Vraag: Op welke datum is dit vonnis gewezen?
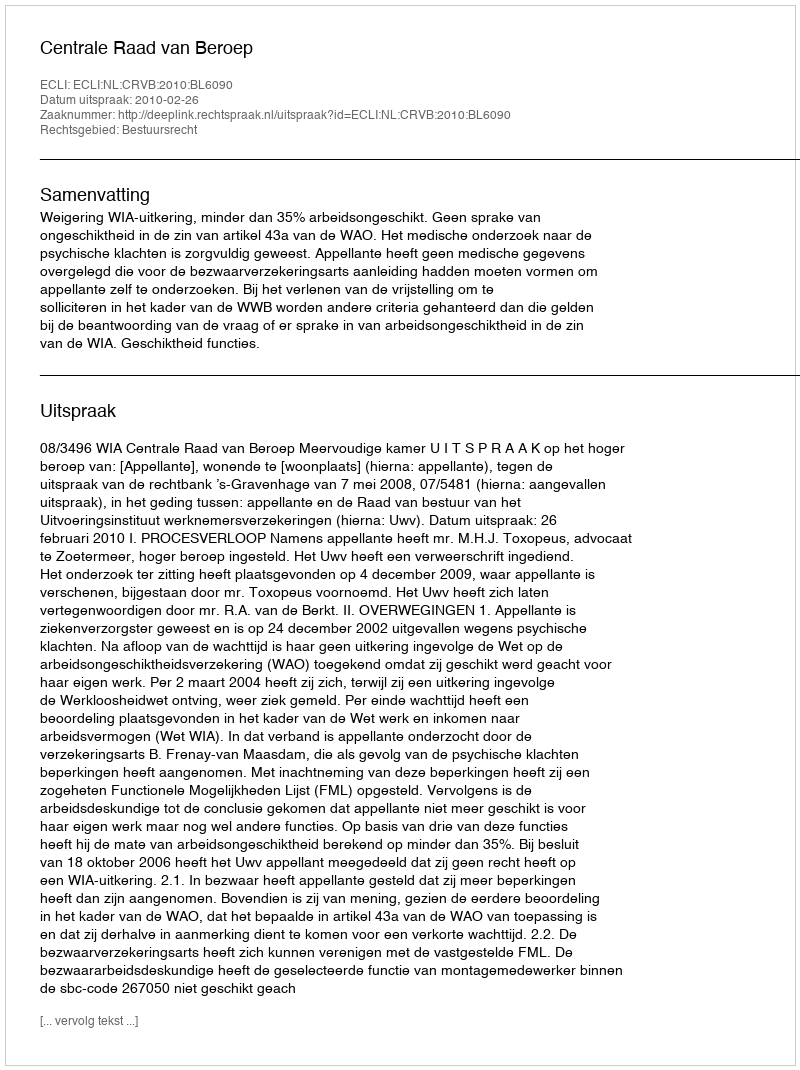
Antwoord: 2010-02-26